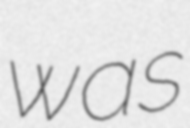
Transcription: was